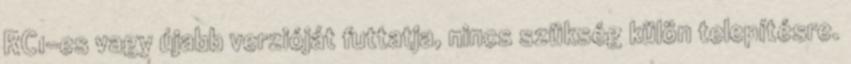
RC1-es vagy újabb verzióját futtatja, nincs szükség külön telepítésre.